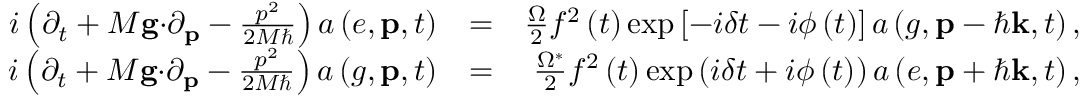
\begin{array} { r l r } { i \left( \partial _ { t } + M \mathbf { g \cdot } \partial _ { \mathbf { p } } - \frac { p ^ { 2 } } { 2 M \hbar } \right) a \left( e , \mathbf { p } , t \right) } & { = } & { \frac { \Omega } { 2 } f ^ { 2 } \left( t \right) \exp \left[ - i \delta t - i \phi \left( t \right) \right] a \left( g , \mathbf { p } - \hbar \mathbf { k } , t \right) , } \\ { i \left( \partial _ { t } + M \mathbf { g \cdot } \partial _ { \mathbf { p } } - \frac { p ^ { 2 } } { 2 M \hbar } \right) a \left( g , \mathbf { p } , t \right) } & { = } & { \frac { \Omega ^ { \ast } } { 2 } f ^ { 2 } \left( t \right) \exp \left( i \delta t + i \phi \left( t \right) \right) a \left( e , \mathbf { p } + \hbar \mathbf { k } , t \right) , } \end{array}